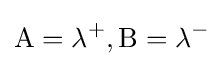
{\text{A}}=\lambda ^{+},{\text{B}}=\lambda ^{-}